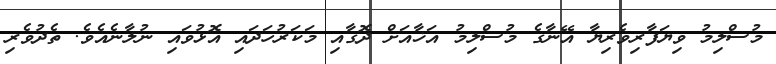
މުސްލިމު ވިޔަފާރިވެރިޔާ އޭނާގެ މުސްލިމު އަޚާއަށް ދޮގާއި މަކަރުހަދައި އޮޅުވައި ނުލާނެއެވެ. ތެދުވެރި